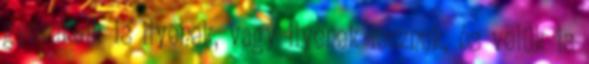
gyerekeik is ilyenek, vagy ilyenek lesznek, és velük is